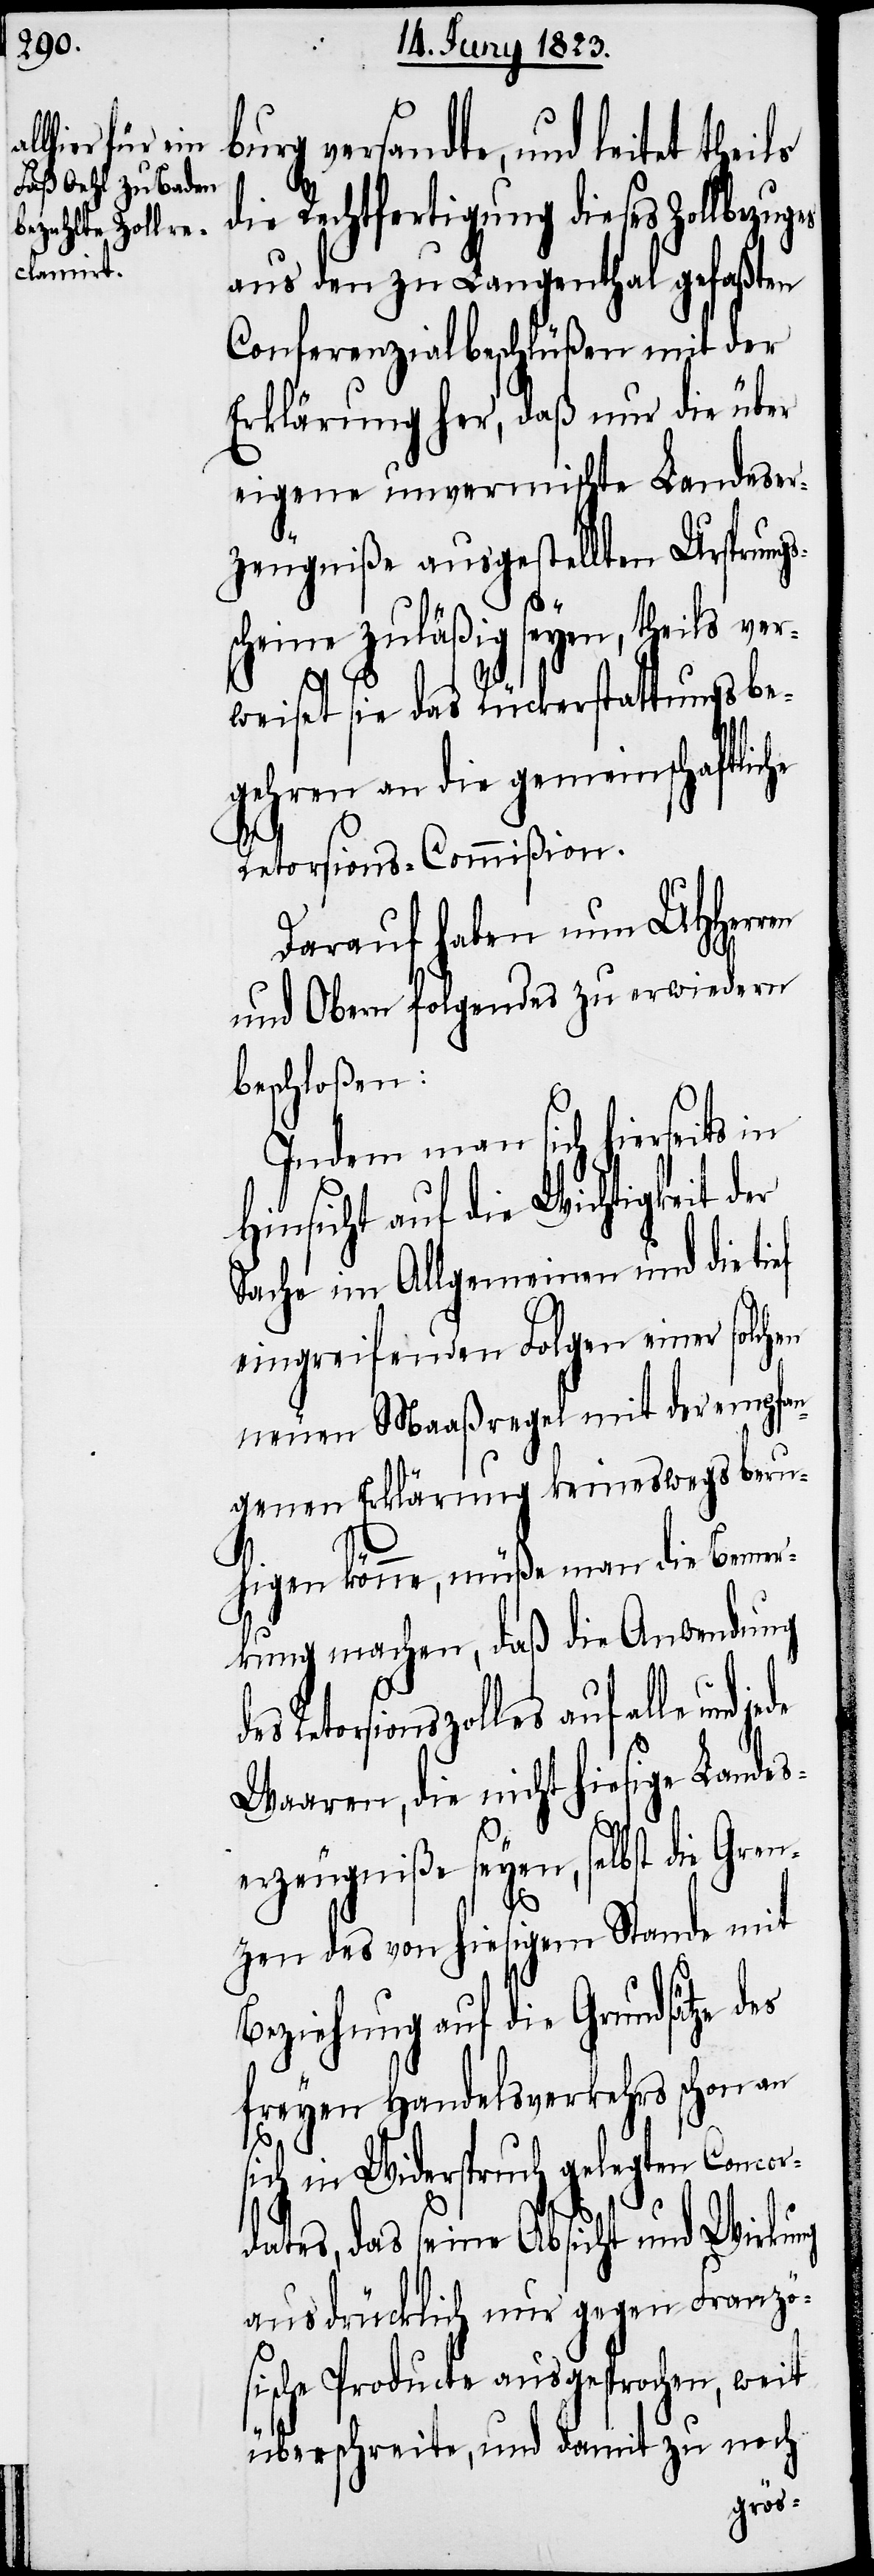
burg versandte, und leitet thei¬
Rechtfertigung dieses Zollbezug¬
aus den zu Langenthal gefaßten
Conferenzialbeschlüßen mit der
Erklärung her, daß nur die über
eigene unvermischte Landeser¬
zeugniße angestellten Ursprungs¬
en, theils ver¬
scheine zuläßig sey¬
weiset sie das Rückerstattungsbe¬
gehren an die gemeinschaftliche
ef
Retorsions-Commißion.
Darauf haben nun UHHerren
und Obern folgendes zu erwiedern
beschloßen:
Indem man sich hierseits in
Hinsicht auf die Wichtigkeit der
Sache im Allgemeinen und die ti¬
eingreifenden Folgen einer solchen
neuen Maaßregel mit der empfan¬
genen Erklärung keineswegs beru¬
die
higen könne, müße man die Bemer¬
kung machen, daß die Anwendung
Retorsionszolles auf alle und
Waaren, die nicht hiesige Landes¬
erzeugniße seyen, selbst die Gren¬
zen des von hiesigem Stande mit
Beziehung auf die Grundsätze
freyen Handelsverkehrs schon an
sich in Widerspruch gelegten Concor¬
dates, das seine Absicht und Wirkung
ausdrücklich nur gegen Franzö¬
sische Producte ausgesprochen, weit
überschreite, und damit zu noch